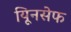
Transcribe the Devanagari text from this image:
यूिनसेफ